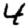
Digit: 4